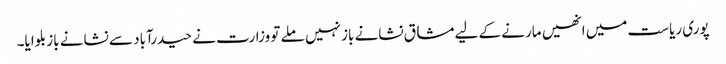
پوری ریاست میں انھیں مارنے کے لیے مشاق نشانے باز نہیں ملے تو وزارت نے حیدرآباد سے نشانے باز بلوایا۔